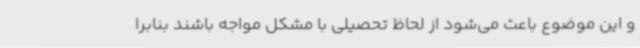
و این موضوع باعث می‌شود از لحاظ تحصیلی با مشکل مواجه باشند بنابرا